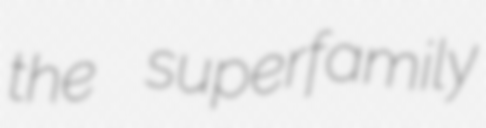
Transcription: the superfamily